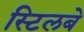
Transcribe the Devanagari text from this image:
स्टिलबे